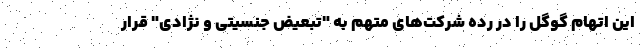
این اتهام گوگل را در رده شرکت‌های متهم به "تبعیض جنسیتی و نژادی" قرار